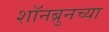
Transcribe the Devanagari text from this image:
शॉनब्रुनच्या